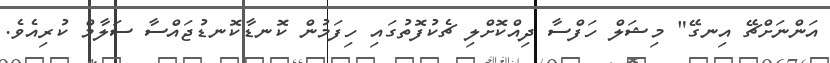
އަންނަށްޗޭ އިނގޭ" މިޝަލް ހަފްސާ ދިއްކޮށްލި ޗެކުފޮތުގައި ހިފަމުން ކޮނޑާކޮނޑުޖައްސާ ސަލާމް ކުރިއެވެ.